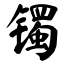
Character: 镯